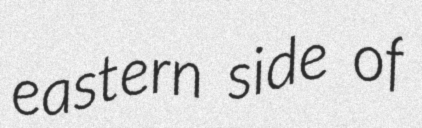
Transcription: eastern side of